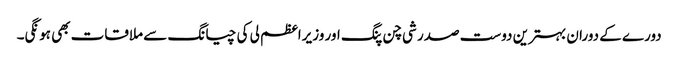
دورے کے دوران بہترین دوست صدر شی چن پنگ اور وزیراعظم لی کی چیانگ سے ملاقات بھی ہونگی۔